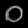
Digit: ၀